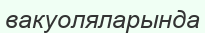
вакуоляларында